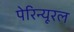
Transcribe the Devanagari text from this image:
पेरिन्यूरल